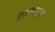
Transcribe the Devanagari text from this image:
बुर्‍हाणपूरचा